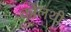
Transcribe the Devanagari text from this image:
कोलथी